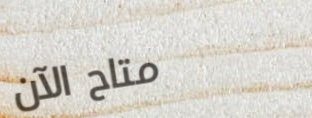
متاح الآن